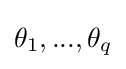
\theta _{1},...,\theta _{q}